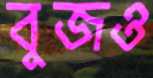
বুজও